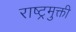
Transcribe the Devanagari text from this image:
राष्ट्रमुक्ती